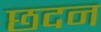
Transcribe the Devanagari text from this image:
छदन